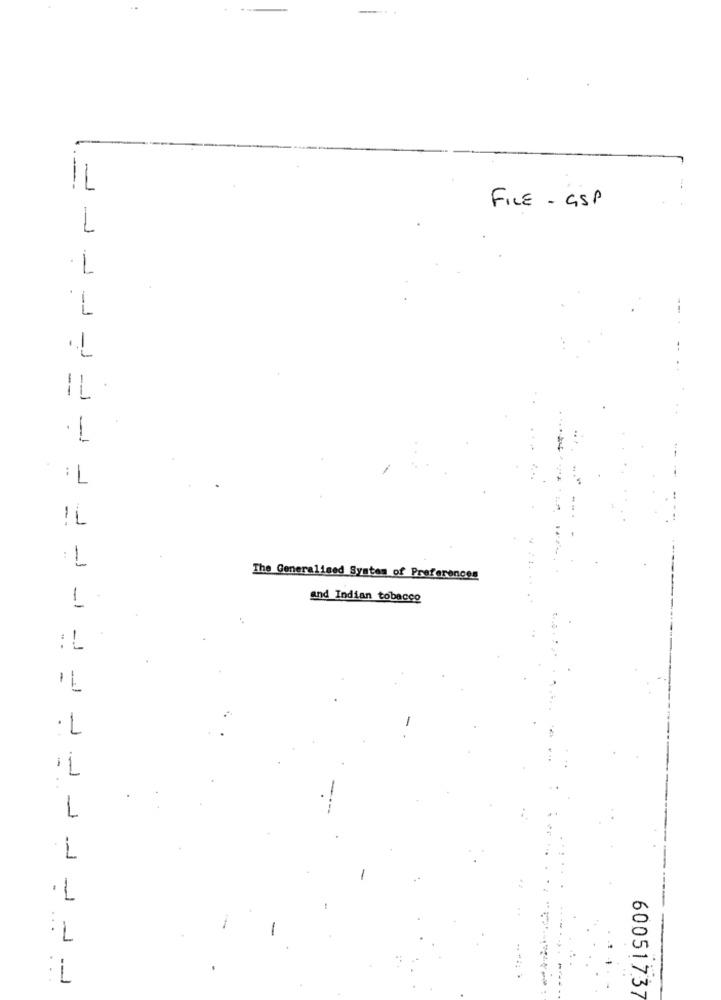
IL
FILE - GSP
1
.L
1.
IL
1
IL
: L
The Generalised Syntes of Preferences
1
and Indian tobacco
:L
·L
1
· L
7:
:1
60051737